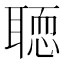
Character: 𦗂